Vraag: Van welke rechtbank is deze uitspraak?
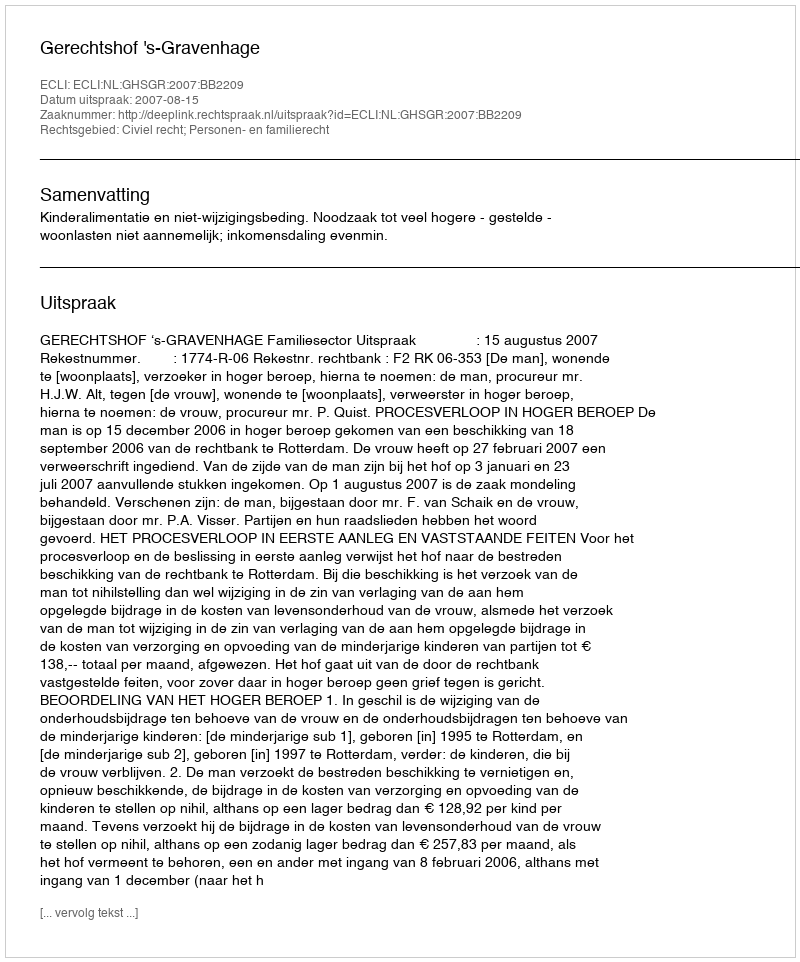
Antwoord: Gerechtshof 's-Gravenhage